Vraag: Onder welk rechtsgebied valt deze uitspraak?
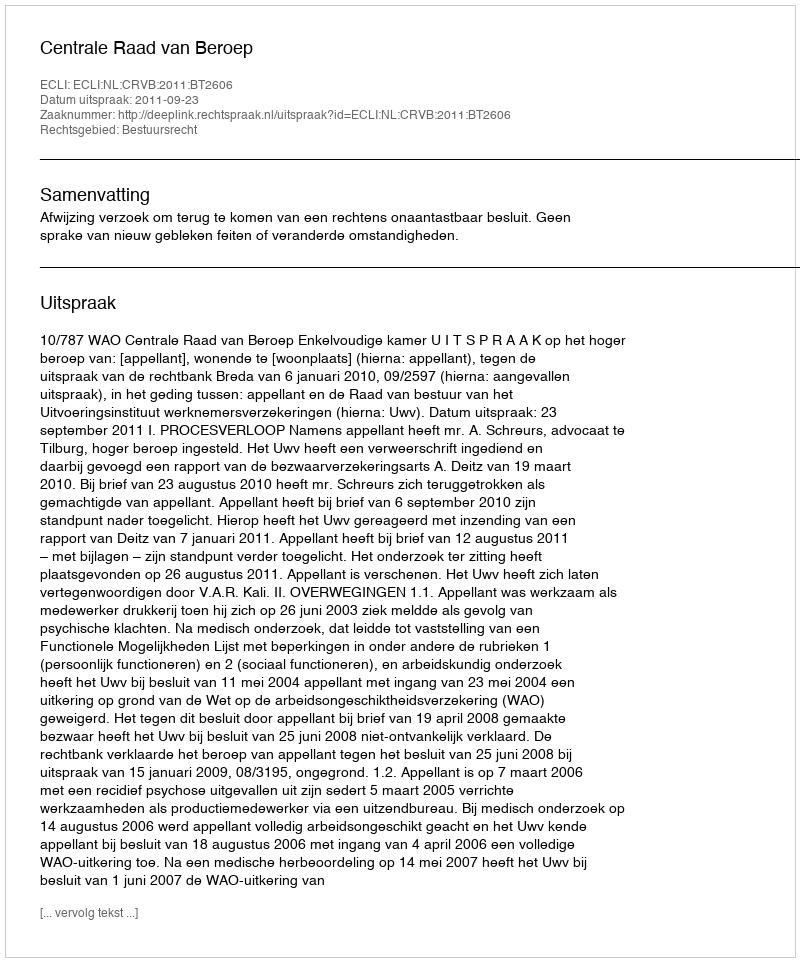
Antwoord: Bestuursrecht